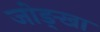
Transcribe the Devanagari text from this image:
जोङ्खा